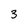
Character: 3